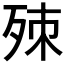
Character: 𣨁